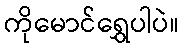
ကိုမောင်ရွှေပါပဲ။